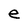
Character: e